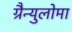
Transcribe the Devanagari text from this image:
ग्रैन्युलोमा